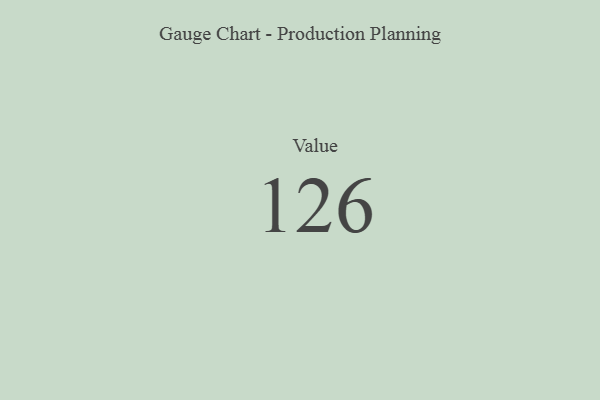
{"axis": {"x": "Metric", "y": "Value"}, "legend": [""], "data": [{"x": "Value", "y": 126, "type": ""}]}